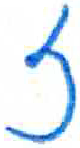
אות: ז